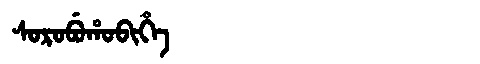
Manchu: ᠰᠣᡵᠣᠪᡠᡥᠣᠪᡳᡥᡝ
Romanization: SOROBUHOBIHE